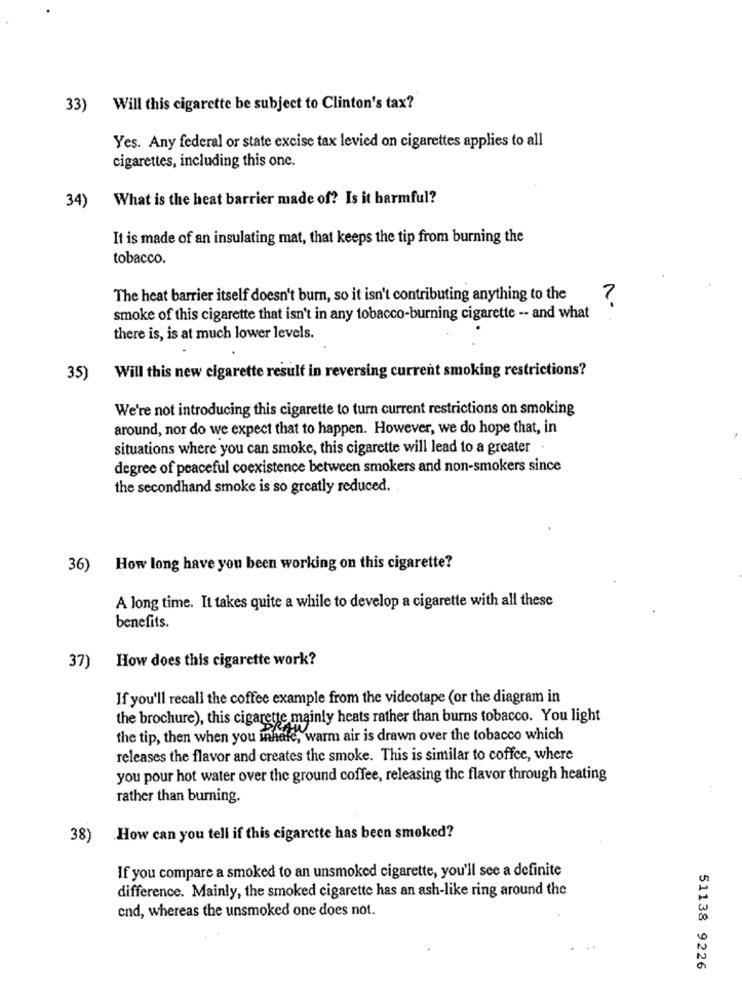
33) Will this cigarette be subject to Clinton's tax?
Yes. Any federal or state excise tax levied on cigarettes applies to all
cigarettes, including this one.
What is the heat barrier made of? Is it harmful?
34)
It is made of an insulating mat, that keeps the tip from burning the
tobacco.
The heat barrier itself doesn't burn, so it isn't contributing anything to the
?
smoke of this cigarette that isn't in any tobacco-burning cigarette -- and what
there is, is at much lower levels.
35)
Will this new cigarette result in reversing current smoking restrictions?
We're not introducing this cigarette to turn current restrictions on smoking
around, nor do we expect that to happen. However, we do hope that, in
situations where you can smoke, this cigarette will lead to a greater .
degree of peaceful coexistence between smokers and non-smokers since
the secondhand smoke is so greatly reduced.
36)
How long have you been working on this cigarette?
A long time. It takes quite a while to develop a cigarette with all these
benefits.
How does this cigarette work?
37)
If you'll recall the coffee example from the videotape (or the diagram in
the brochure), this cigarette mainly heats rather than burns tobacco. You light
the tip, then when you inhele, warm air is drawn over the tobacco which
releases the flavor and creates the smoke. This is similar to coffee, where
you pour hot water over the ground coffee, releasing the flavor through heating
rather than burning.
38)
How can you tell if this cigarette has been smoked?
If you compare a smoked to an unsmoked cigarette, you'll see a definite
difference. Mainly, the smoked cigarette has an ash-like ring around the
end, whereas the unsmoked one does not.
51138 9226